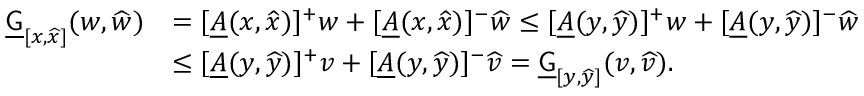
\begin{array} { r l } { \underline { { \mathsf { G } } } _ { [ x , \widehat { x } ] } ( w , \widehat { w } ) } & { = [ \underline { { A } } ( x , \widehat { x } ) ] ^ { + } w + [ \underline { { A } } ( x , \widehat { x } ) ] ^ { - } \widehat { w } \le [ \underline { { A } } ( y , \widehat { y } ) ] ^ { + } w + [ \underline { { A } } ( y , \widehat { y } ) ] ^ { - } \widehat { w } } \\ & { \le [ \underline { { A } } ( y , \widehat { y } ) ] ^ { + } v + [ \underline { { A } } ( y , \widehat { y } ) ] ^ { - } \widehat { v } = \underline { { \mathsf { G } } } _ { [ y , \widehat { y } ] } ( v , \widehat { v } ) . } \end{array}